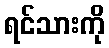
ရင်သားကို